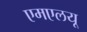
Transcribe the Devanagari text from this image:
एमएलयू